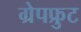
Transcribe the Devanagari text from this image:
ग्रेपफ्रुट